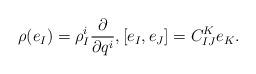
LaTeX: \begin{gather*} \rho ( e _I ) = \rho ^i _I \frac{ \partial }{ \partial q ^i } , [ e _I , e _J ] = C _{ I J } ^K e _K . \end{gather*}